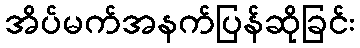
အိပ်မက်အနက်ပြန်ဆိုခြင်း